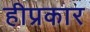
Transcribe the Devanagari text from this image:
हीप्रकार